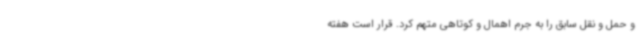
و حمل و نقل سابق را به جرم اهمال و کوتاهی متهم کرد. قرار است هفته